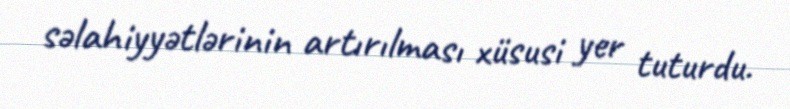
səlahiyyətlərinin artırılması xüsusi yer tuturdu.